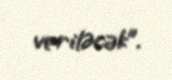
veriləcək”.